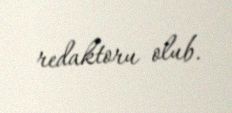
redaktoru olub.